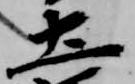
土